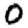
Digit: 0